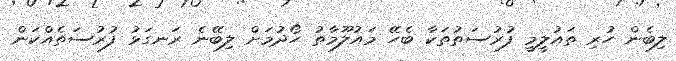
ލިބެން ހުރި ތައުލީމީ ފުރުސަތުތަކާ ބެހޭ މައުލޫމާތު ހޯދުމަށް ލިބޭނެ ރަނގަޅު ފުރުސަތެއްކަން